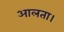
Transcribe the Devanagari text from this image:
आलता।